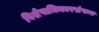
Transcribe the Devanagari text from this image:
विशेषाधिकारसंपन्न